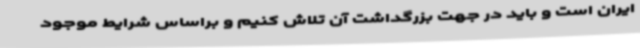
ایران است و باید در جهت بزرگداشت آن تلاش کنیم و براساس شرایط موجود